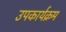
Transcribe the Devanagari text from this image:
उपकार्यक्रम